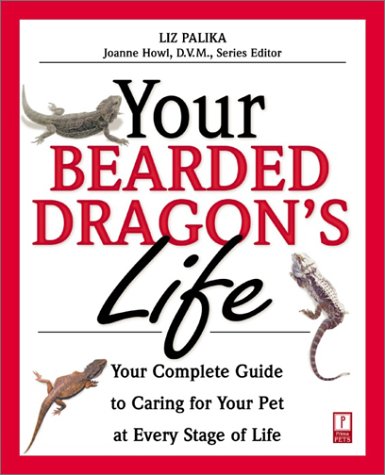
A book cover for Your Bearded Dragon's Life: Your Complete Guide to Caring for Your Pet at Every Stage of Life (Your Pet's Life); Liz Palika; Crafts, Hobbies & Home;